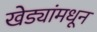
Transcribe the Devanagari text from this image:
खेड्यांमधून